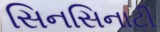
સિનસિનાટી